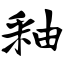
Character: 釉